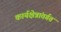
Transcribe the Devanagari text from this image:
कार्यक्षेत्रांतर्गत